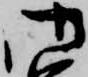
御